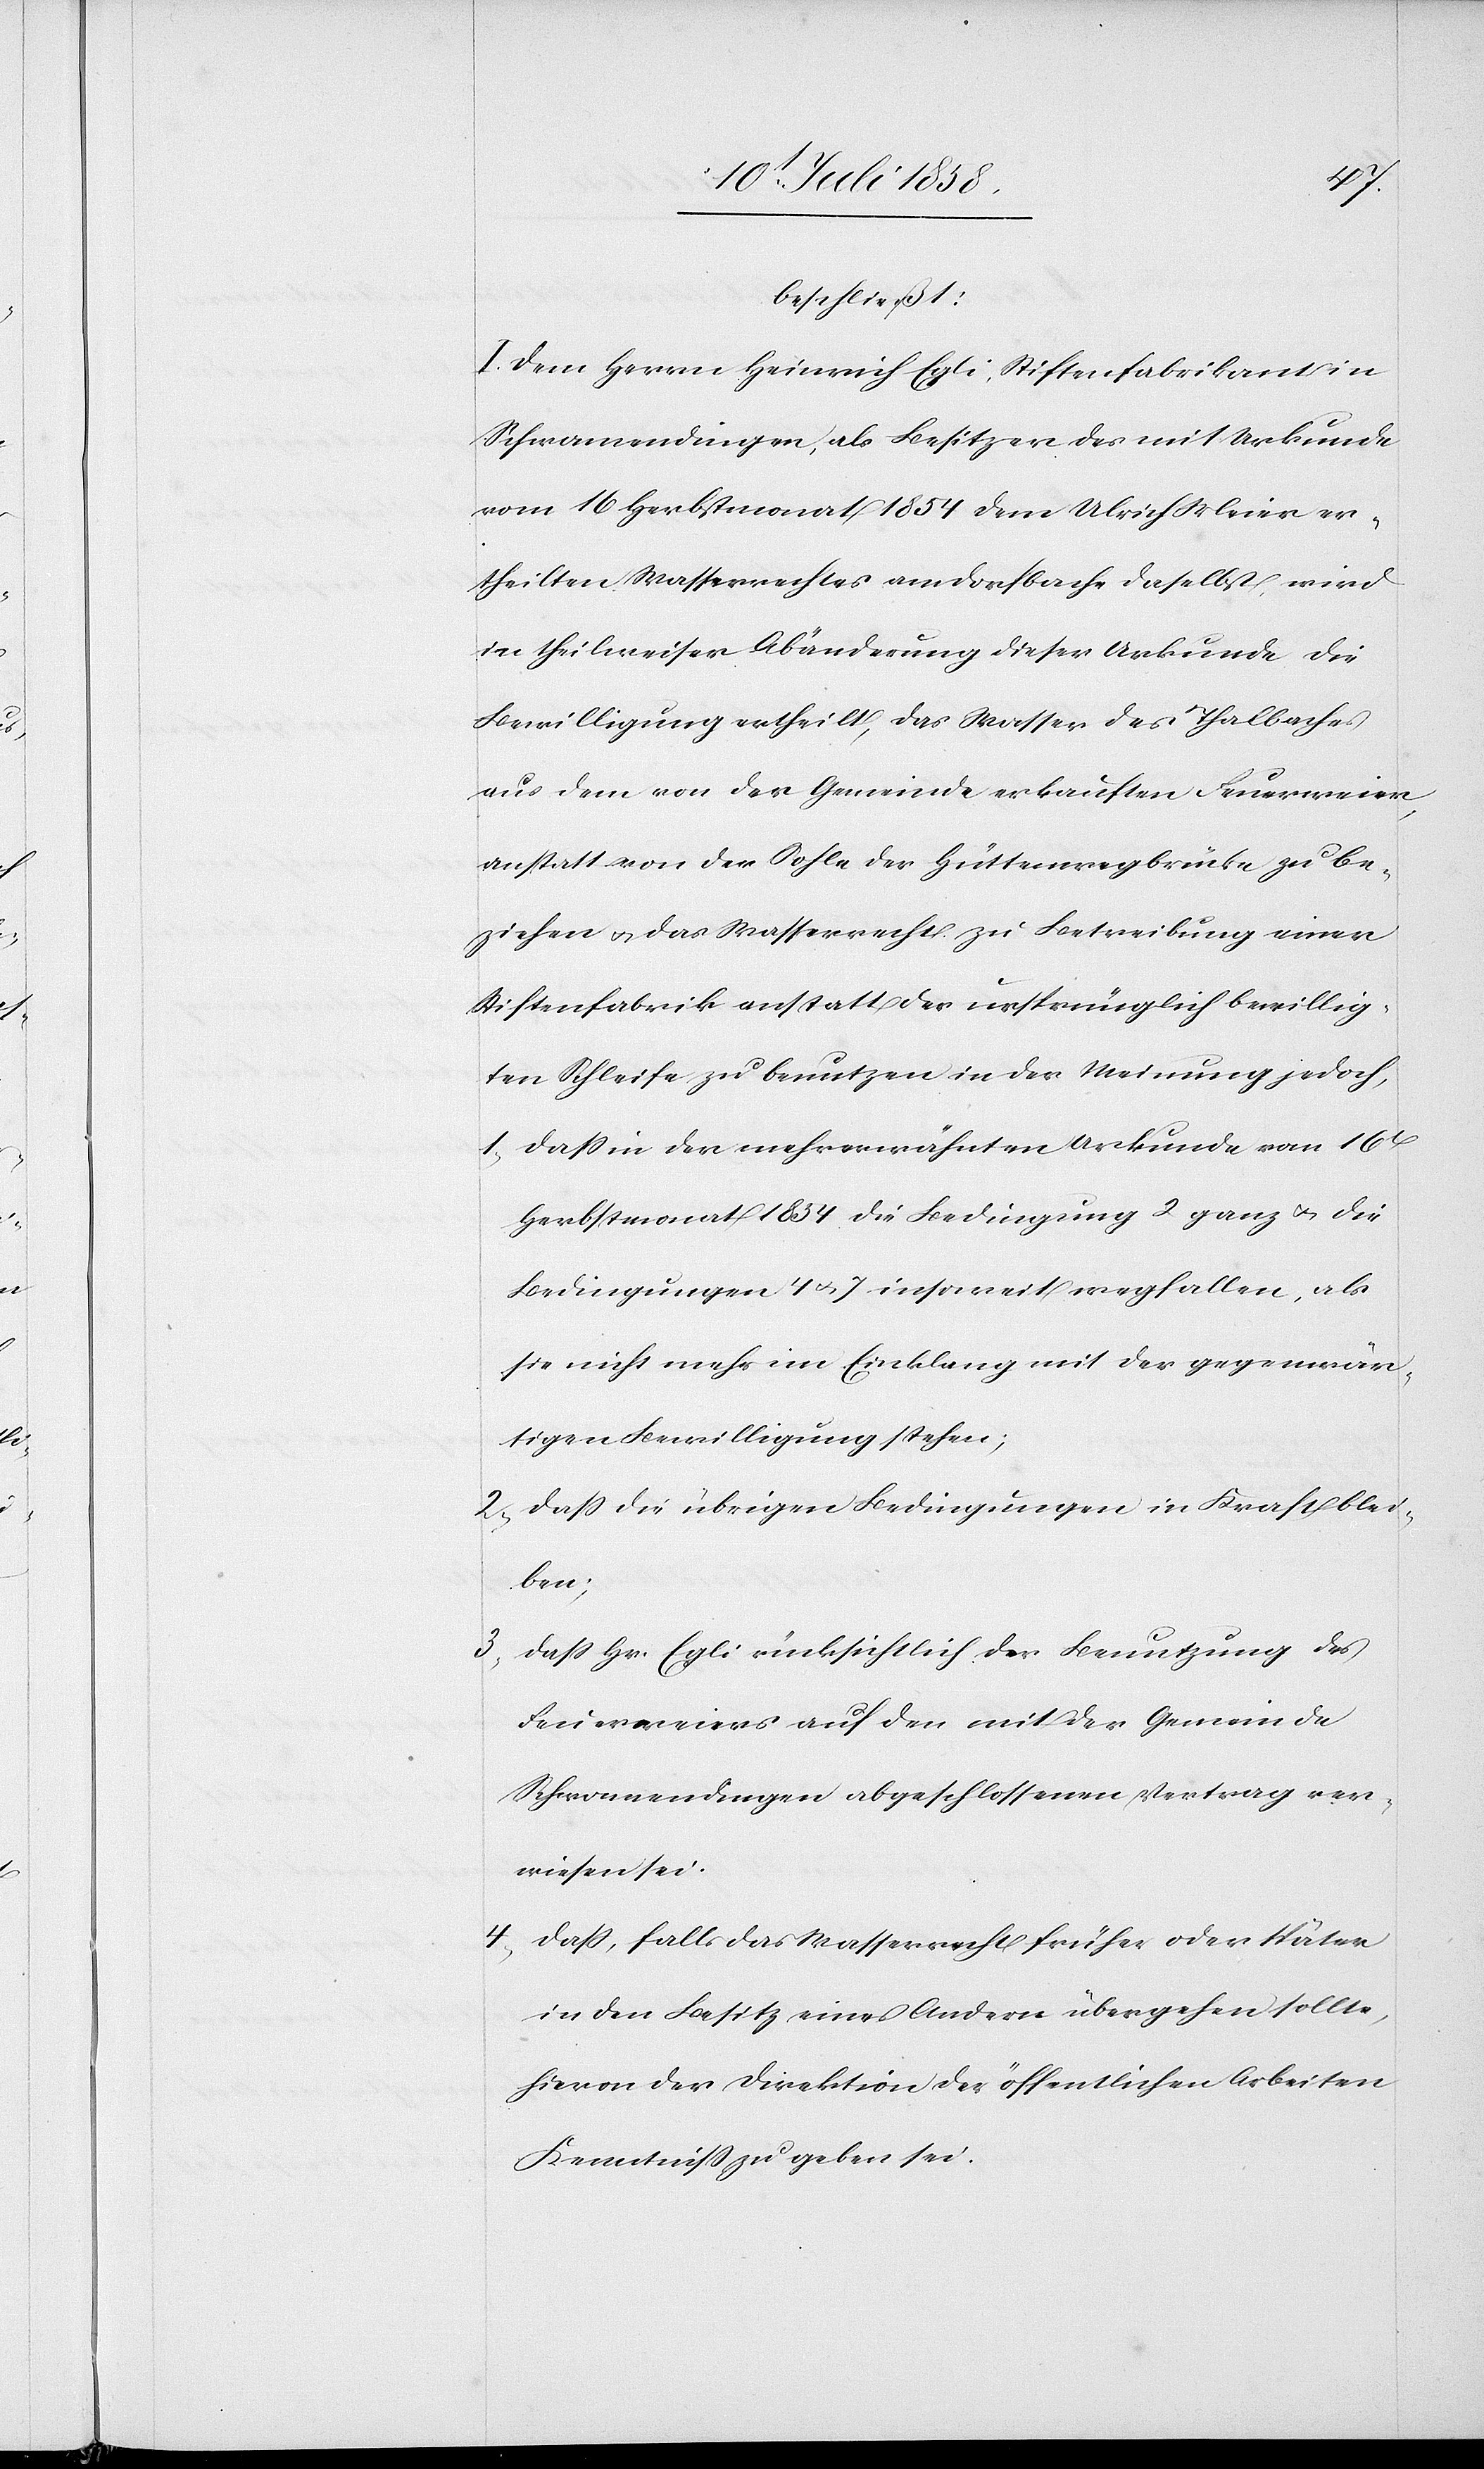
4)
beschließt:
I. Dem Herrn Heinrich Egli, Stiftenfabrikant in
Schwamendingen, als Besitzer des mit Urkunde
vom 16 Herbstmonat 1854 dem Ulrich Meier er¬
theilten Wasserrechtes am Dorfbache daselbst, wird
in theilweiser Abänderung dieser Urkunde die
Bewilligung ertheilt, das Wasser des Thalbaches
aus dem von der Gemeinde erkauften Feuerweier,
anstatt von der Sohle der Hüttenwegbrücke zu be¬
ziehen & das Wasserrecht zu Betreibung einer
Stiftenfabrik anstatt der ursprünglich bewillig¬
ten Schleife zu benutzen in der Meinung jedoch,
dass in der mehrerwähnten Urkunde vom 16t
Herbstmonat 1854 die Bedingung 2 ganz & die
Bedingungen 4 & 7 insoweit wegfallen, als
sie nicht mehr im Einklang mit der gegenwär¬
tigen Bewilligung stehen;
dass die übrigen Bedingungen in Kraft blei¬
ben;
3)
dass Hr. Egli rücksichtlich der Benutzung des
Feuerweiers auf den mit der Gemeinde
Schwamendingen abgeschlossenen Vertrag ver¬
wiesen sei.
dass, falls das Wasserrecht früher oder später
in den Besitz eines Andern übergehen sollte,
hievon der Direktion der öffentlichen Arbeiten
Kenntniss zu geben sei.